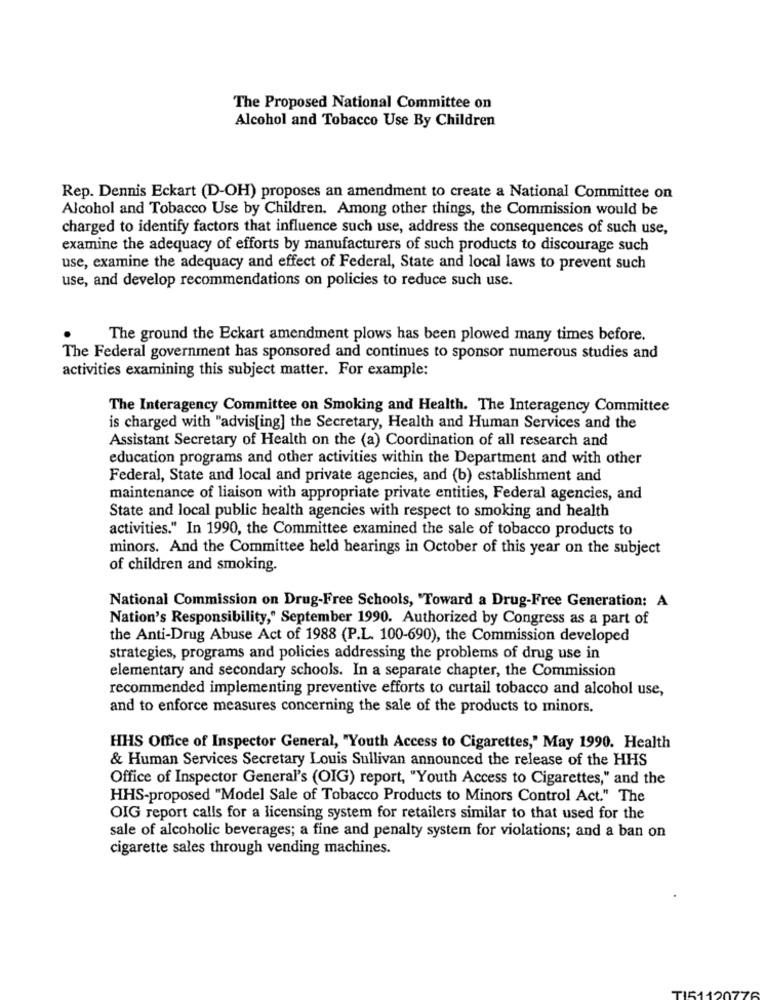
The Proposed National Committee on
Alcohol and Tobacco Use By Children
Rep. Dennis Eckart (D-OH) proposes an amendment to create a National Committee on
Alcohol and Tobacco Use by Children. Among other things, the Commission would be
charged to identify factors that influence such use, address the consequences of such use,
examine the adequacy of efforts by manufacturers of such products to discourage such
use, examine the adequacy and effect of Federal, State and local laws to prevent such
use, and develop recommendations on policies to reduce such use.
The ground the Eckart amendment plows has been plowed many times before.
The Federal government has sponsored and continues to sponsor numerous studies and
activities examining this subject matter. For example:
The Interagency Committee on Smoking and Health. The Interagency Committee
is charged with "advis[ing] the Secretary, Health and Human Services and the
Assistant Secretary of Health on the (a) Coordination of all research and
education programs and other activities within the Department and with other
Federal, State and local and private agencies, and (b) establishment and
maintenance of liaison with appropriate private entities, Federal agencies, and
State and local public health agencies with respect to smoking and health
activities." In 1990, the Committee examined the sale of tobacco products to
minors. And the Committee held hearings in October of this year on the subject
of children and smoking.
National Commission on Drug-Free Schools, "Toward a Drug-Free Generation: A
Nation's Responsibility," September 1990. Authorized by Congress as a part of
the Anti-Drug Abuse Act of 1988 (P.L. 100-690), the Commission developed
strategies, programs and policies addressing the problems of drug use in
elementary and secondary schools. In a separate chapter, the Commission
recommended implementing preventive efforts to curtail tobacco and alcohol use,
and to enforce measures concerning the sale of the products to minors.
HHS Office of Inspector General, "Youth Access to Cigarettes," May 1990. Health
& Human Services Secretary Louis Sullivan announced the release of the HHS
Office of Inspector General's (OIG) report, "Youth Access to Cigarettes," and the
HHS-proposed "Model Sale of Tobacco Products to Minors Control Act." The
OIG report calls for a licensing system for retailers similar to that used for the
sale of alcoholic beverages; a fine and penalty system for violations; and a ban on
cigarette sales through vending machines.